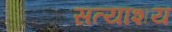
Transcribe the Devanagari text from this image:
सत्याशय